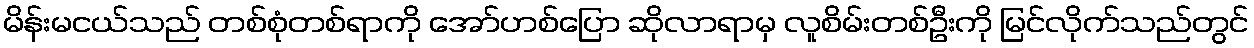
မိန်းမငယ်သည် တစ်စုံတစ်ရာကို အော်ဟစ်ပြော ဆိုလာရာမှ လူစိမ်းတစ်ဦးကို မြင်လိုက်သည်တွင်